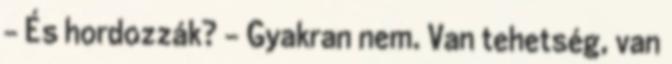
– És hordozzák? – Gyakran nem. Van tehetség, van